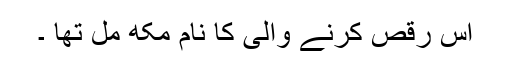
اس رقص کرنے والی کا نام مکھ مل تھا ۔